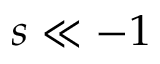
s \ll - 1